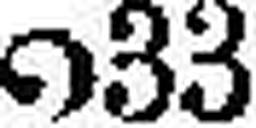
033